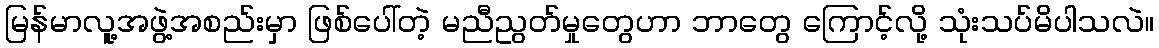
မြန်မာလူ့အဖွဲ့အစည်းမှာ ဖြစ်ပေါ်တဲ့ မညီညွတ်မှုတွေဟာ ဘာတွေ ကြောင့်လို့ သုံးသပ်မိပါသလဲ။